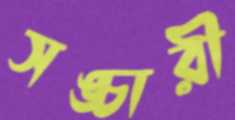
সঙ্চারী